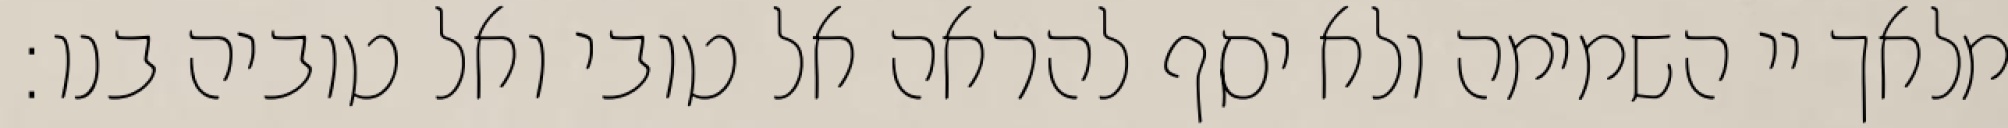
מלאך יי השמימה ולא יסף להראה אל טובי ואל טוביה בנו: